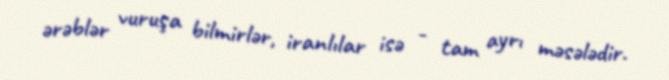
ərəblər vuruşa bilmirlər, iranlılar isə - tam ayrı məsələdir.